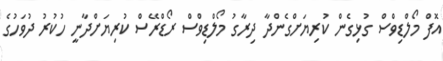
އޮފް މޯލްޑިވްސް ގުޅިގެން ކުރިޔަށްގެންދާ ދިރާގު މޯލްޑިވްސް ރޯޑްރޭސް ކުރިޔަށްދާނީ ހުކުރު ދުވަހުގެ